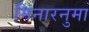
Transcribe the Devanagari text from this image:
मिनारनुमा